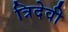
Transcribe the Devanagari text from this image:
त्रिदेवी